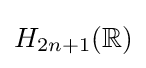
H_{2n+1}(\mathbb {R} )